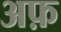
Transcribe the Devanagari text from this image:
अफ़